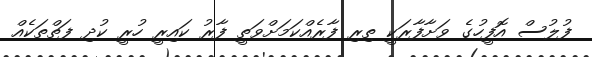
ފުލުސް އޮފީހުގެ ވަށާފާރަކީ ތިރި ފާރެއްކަމަށްވަތީ ފާރު ކައިރީ ހުރީ ކުދި ފަތްތަކެއް